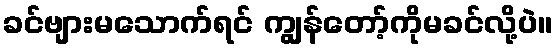
ခင်ဗျားမသောက်ရင် ကျွန်တော့်ကိုမခင်လို့ပဲ။